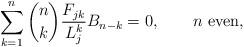
LaTeX: \begin{align*}\sum_{k = 1}^n \binom nk \frac{F_{jk}}{L_j^k} B_{n-k} = 0,\qquad\mbox{$n$ even},\end{align*}